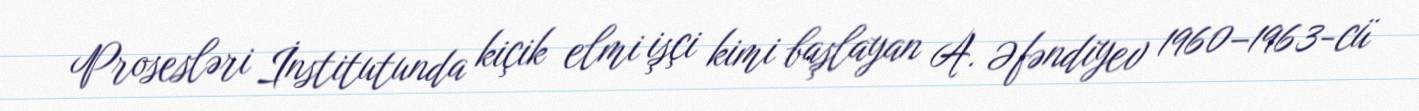
Prosesləri İnstitutunda kiçik elmi işçi kimi başlayan A. Əfəndiyev 1960–1963-cü